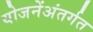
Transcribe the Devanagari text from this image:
योजनेंअंतर्गत